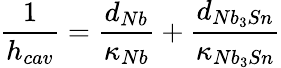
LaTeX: \frac{1}{h_{cav}}=\frac{d_{Nb}}{\kappa_{Nb}}+\frac{d_{Nb_{3}Sn}}{\kappa_{Nb_{3}Sn}}